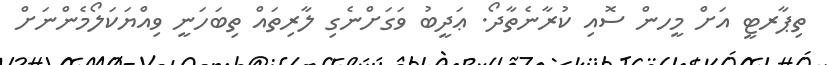
ތިޕާރޓީ އަށް މީހން ސޮއި ކުރާނެތާދޯ. ޢަދީބު ވަގަށްނެގި ލާރިތައް ތިބަހަނީ ވިއްޔަކަލޯމެންނަށް